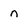
Character: n